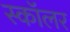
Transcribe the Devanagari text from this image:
स्काॅलर